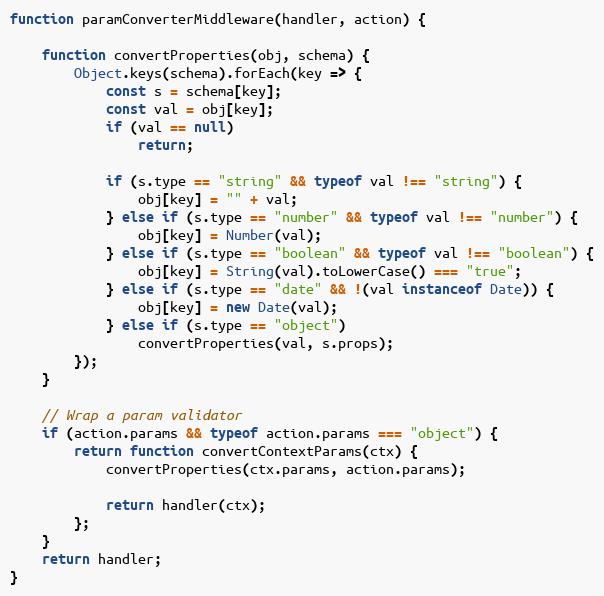
Language: JavaScript
function paramConverterMiddleware(handler, action) {

	function convertProperties(obj, schema) {
		Object.keys(schema).forEach(key => {
			const s = schema[key];
			const val = obj[key];
			if (val == null)
				return;

			if (s.type == "string" && typeof val !== "string") {
				obj[key] = "" + val;
			} else if (s.type == "number" && typeof val !== "number") {
				obj[key] = Number(val);
			} else if (s.type == "boolean" && typeof val !== "boolean") {
				obj[key] = String(val).toLowerCase() === "true";
			} else if (s.type == "date" && !(val instanceof Date)) {
				obj[key] = new Date(val);
			} else if (s.type == "object")
				convertProperties(val, s.props);
		});
	}

	// Wrap a param validator
	if (action.params && typeof action.params === "object") {
		return function convertContextParams(ctx) {
			convertProperties(ctx.params, action.params);

			return handler(ctx);
		};
	}
	return handler;
}